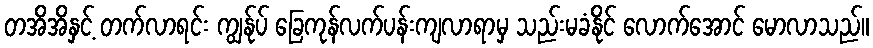
တအိအိနှင့် တက်လာရင်း ကျွန်ုပ် ခြေကုန်လက်ပန်းကျလာရာမှ သည်းမခံနိုင် လောက်အောင် မောလာသည်။